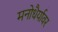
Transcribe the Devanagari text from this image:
मनोधैर्यावर